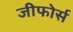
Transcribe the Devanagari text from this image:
जीफोर्स